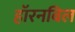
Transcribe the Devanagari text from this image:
हॉरनबिल